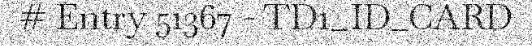
# Entry 51367 - TD1_ID_CARD